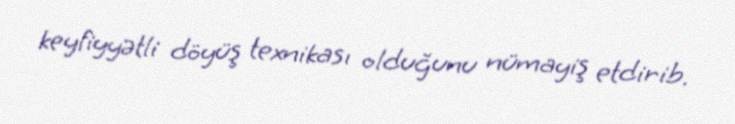
keyfiyyətli döyüş texnikası olduğunu nümayiş etdirib.